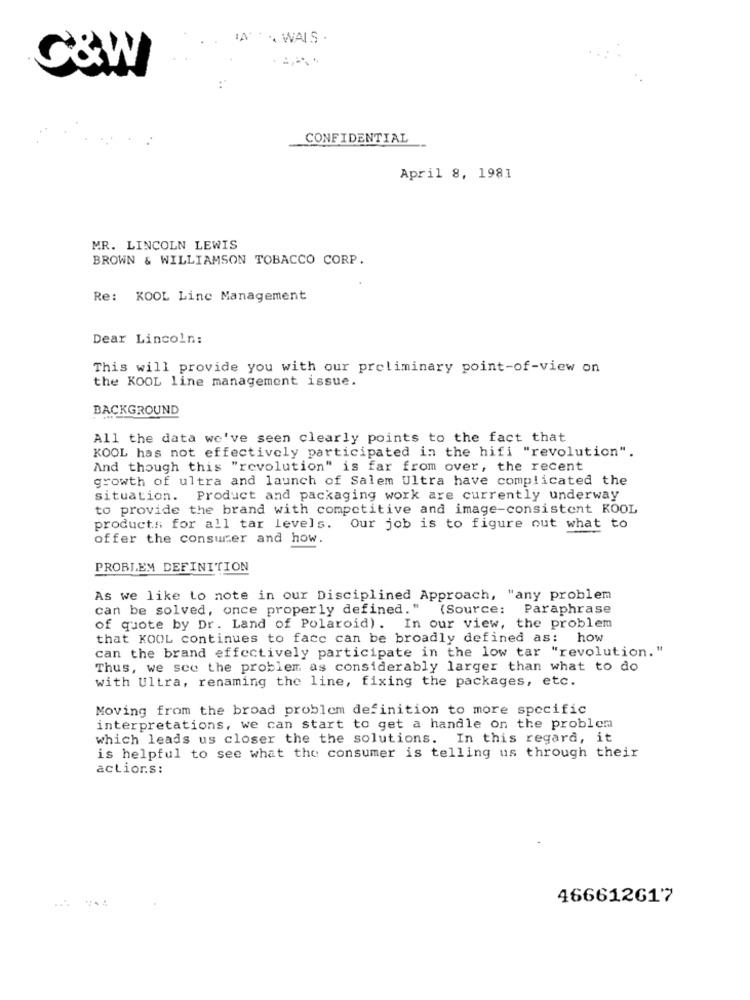
* WALS .
C&W
CONFIDENTIAL
April 8, 1981
MR. LINCOLN LEWIS
BROWN & WILLIAMSON TOBACCO CORP.
Re: KOOL Line Management
Dear Lincoln:
This will provide you with our preliminary point-of-view on
the KOOL line management issue.
BACKGROUND
All the data we've seen clearly points to the fact that
KOOL has not effectively participated in the hifi "revolution".
And though this "revolution" is far from over, the recent
growth of ultra and launch of Salem Ultra have complicated the
situation. Product and packaging work are currently underway
to provide the brand with competitive and image-consistent KOOL
products for all tar levels.
Our job is to figure out what to
offer the consumer and how.
PROBLEM DEFINITION
As we like to note in our Disciplined Approach, "any problem
can be solved, once properly defined. "
(Source: Paraphrase
of quote by Dr. Land of Polaroid). In our view, the problem
that KOOL continues to face can be broadly defined as: how
can the brand effectively participate in the low tar "revolution. "
Thus, we see the problem as considerably larger than what to do
with Ultra, renaming the line, fixing the packages, etc.
Moving from the broad problem definition to more specific
interpretations, we can start to get a handle on the problem
which leads us closer the the solutions. In this regard, it
is helpful to see what the consumer is telling us through their
actions:
466612617